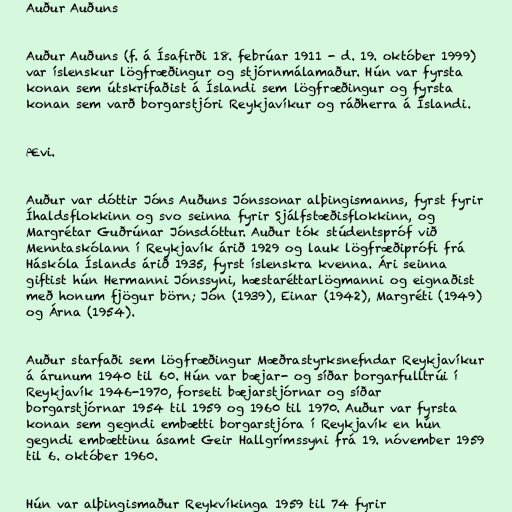
Auður Auðuns

Auður Auðuns (f. á Ísafirði 18. febrúar 1911 - d. 19. október 1999)
var íslenskur lögfræðingur og stjórnmálamaður. Hún var fyrsta
konan sem útskrifaðist á Íslandi sem lögfræðingur og fyrsta
konan sem varð borgarstjóri Reykjavíkur og ráðherra á Íslandi.

Ævi.

Auður var dóttir Jóns Auðuns Jónssonar alþingismanns, fyrst fyrir
Íhaldsflokkinn og svo seinna fyrir Sjálfstæðisflokkinn, og
Margrétar Guðrúnar Jónsdóttur. Auður tók stúdentspróf við
Menntaskólann í Reykjavík árið 1929 og lauk lögfræðiprófi frá
Háskóla Íslands árið 1935, fyrst íslenskra kvenna. Ári seinna
giftist hún Hermanni Jónssyni, hæstaréttarlögmanni og eignaðist
með honum fjögur börn; Jón (1939), Einar (1942), Margréti (1949)
og Árna (1954).

Auður starfaði sem lögfræðingur Mæðrastyrksnefndar Reykjavíkur
á árunum 1940 til 60. Hún var bæjar- og síðar borgarfulltrúi í
Reykjavík 1946-1970, forseti bæjarstjórnar og síðar
borgarstjórnar 1954 til 1959 og 1960 til 1970. Auður var fyrsta
konan sem gegndi embætti borgarstjóra í Reykjavík en hún
gegndi embættinu ásamt Geir Hallgrímssyni frá 19. nóvember 1959
til 6. október 1960.

Hún var alþingismaður Reykvíkinga 1959 til 74 fyrir